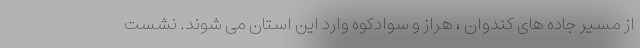
از مسیر جاده های کندوان ، هراز و سوادکوه وارد این استان می شوند. نشست